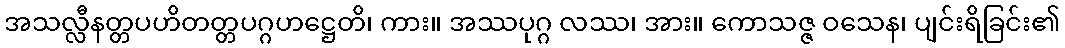
အသလ္လီနတ္တပဟိတတ္တပဂ္ဂဟဋ္ဌေတိ၊ ကား။ အဿပုဂ္ဂ လဿ၊ အား။ ကောသဇ္ဇ ဝသေန၊ ပျင်းရိခြင်း၏